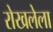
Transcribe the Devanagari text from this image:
रोखलेला